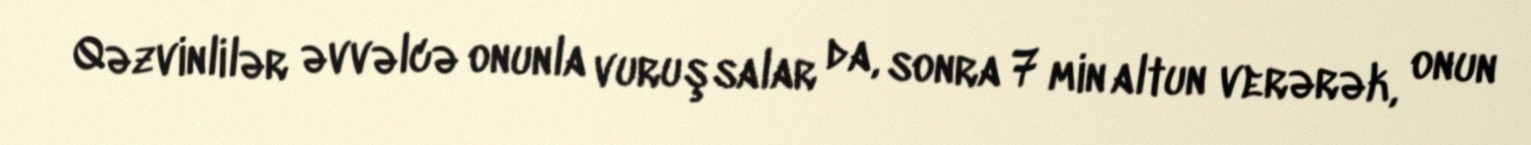
Qəzvinlilər əvvəlcə onunla vuruşsalar da, sonra 7 min altun verərək, onun